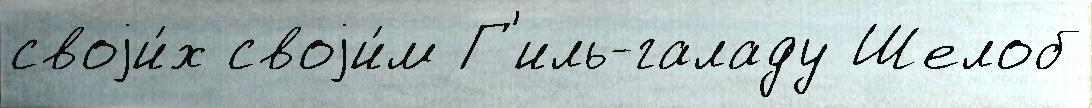
своjи́х своjи́м Г'иль-галаду Шелоб